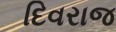
દિવરાજ